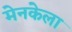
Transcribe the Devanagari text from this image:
मेनकेला